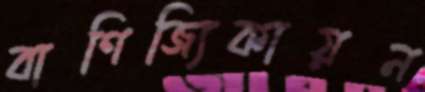
বাণিজ্যিকায়ন